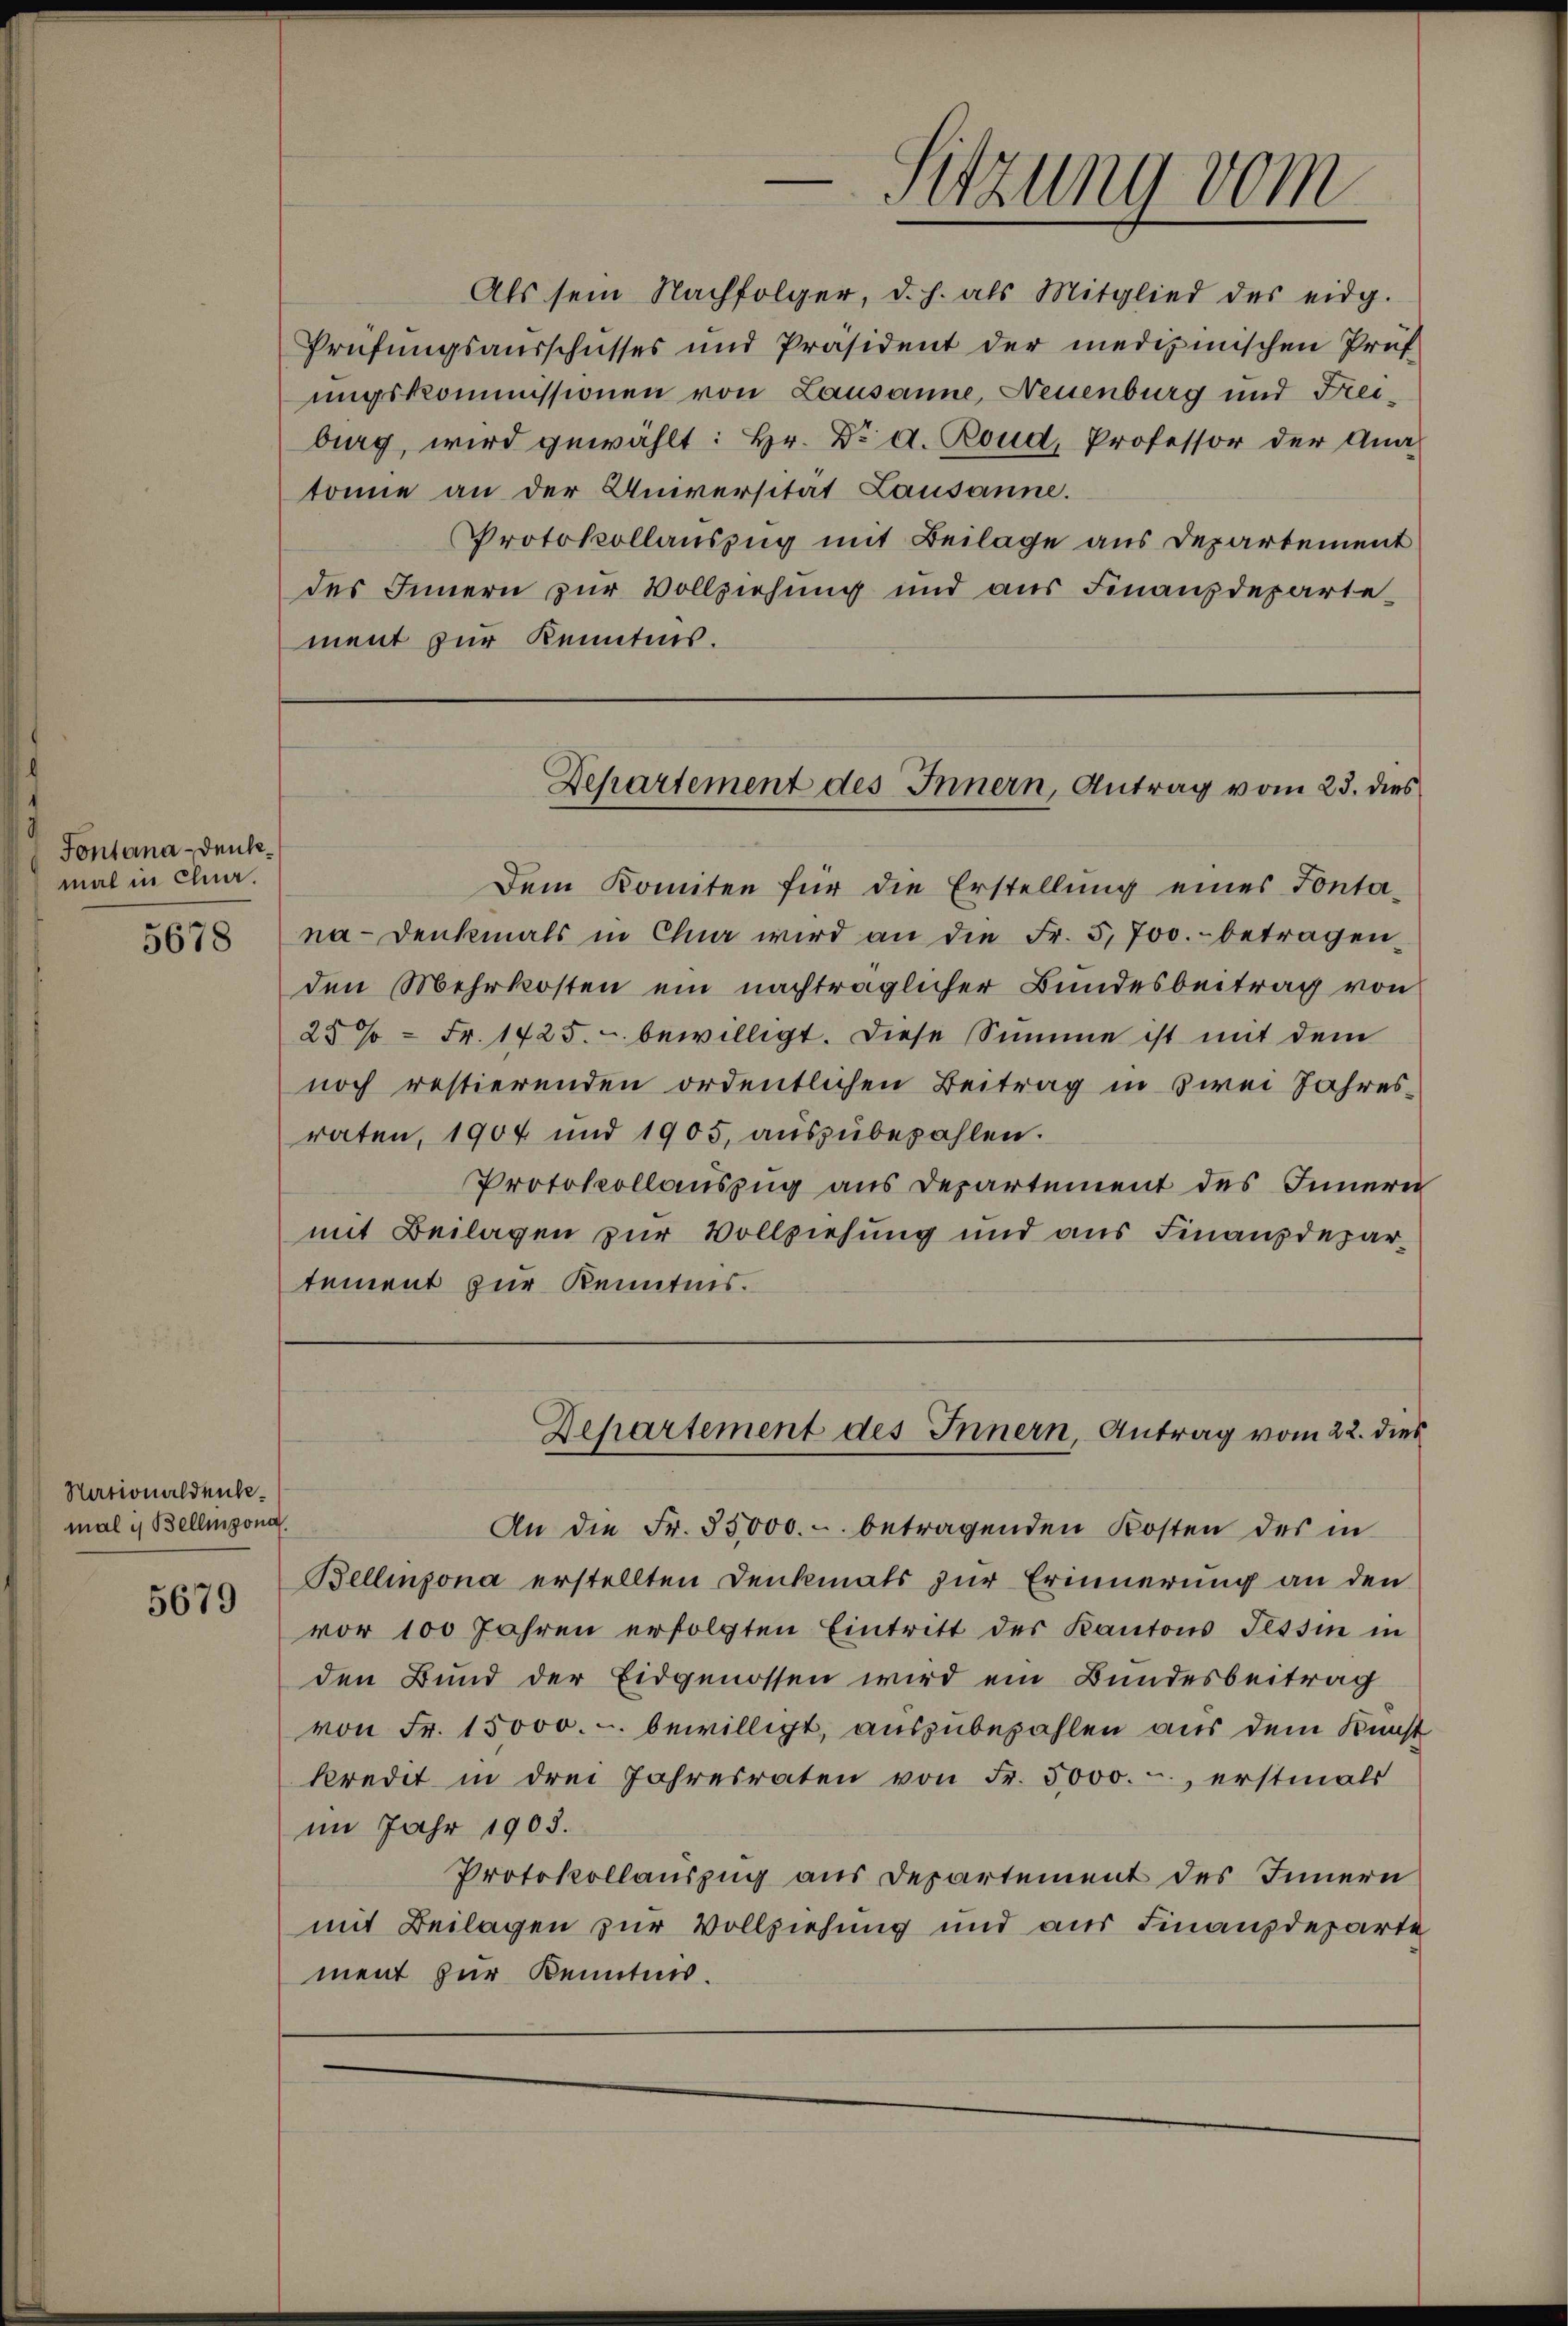
Fontana-Denkmal in Chuar.

5678

Nationaldenbemal in Bellinzona.

5679

Protokollauszug mit Beilage aus Departement
des Innern zur Vollziehung und aus Finanzdepartement zur Kenntnis.

Dem Komiten für die Erstellung eines Fonta-
na-Denkmals in Chur wird an die Fr. 5, 700.- betragen,
den Mehrkosten ein nachträglicher Bundesbeitrag von
25% = Fr. 1425. - bewilligt. Diese Summe ist mit dem
noch restierenden ordentlichen Beitrag in zwei Jahresraten, 1904 und 1905, aŭszŭbezahlen.
Protokollauszug aus Departement des Innern
mit Beilagen zur Vollziehung und aus Finanzdepartement zur Kenntnis.

Als sein Nachfolger, d. h. als Mitglied des eidg.
Prüfungsausschusses und Präsident der medizinischen Prüf
ungskommissionen von Lausanne, Neuenburg und Freiburg, wird gewählt: Hr. Dr. d. Boud, Professor der Ana-
tonie an der Universität Lausanne.
Departement des Innern, Antrag vom 22. dies
An die Fr. 35000.- betragenden Kosten des in
Bellinzona erstellten Denkmals zur Erinnerung an den
vor 100 Jahren erfolgten Eintritt des Kantons Tessin in
den Bund der Eidgenossen wird ein Bundesbeitrag
von Fr. 15000.-. bewilligt, auszubezahlen aus dem Kunst
kredit in drei Jahresraten von Fr. 5000.-, erstmals
im Jahr 1903.
Protokollauszug aus Departement des Innern
mit Beilagen zur Vollziehung und aus Finanzdeparte
ment zur Kenntnis.

Sitzung vom

Departement des Innern, Antrag vom 23. dies